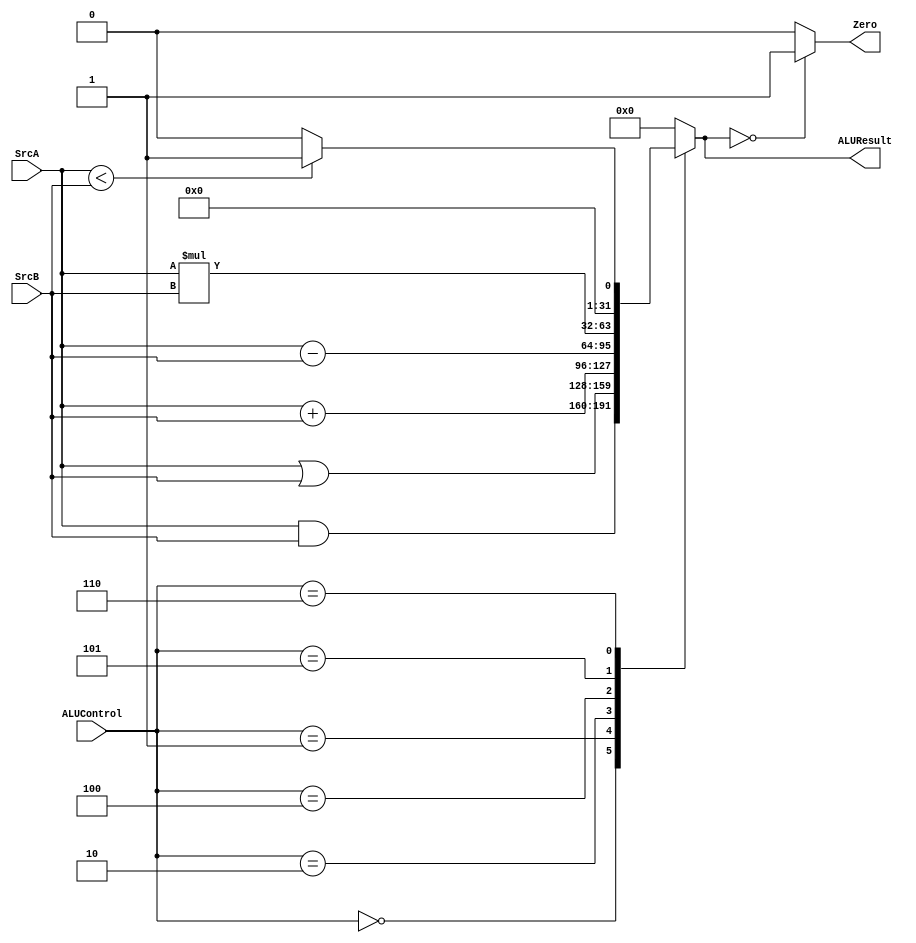
module MIPS_ALU (
    input wire [31:0] SrcA,
    input wire [31:0] SrcB,
    input wire [2:0] ALUControl,
    output reg [31:0] ALUResult,
    output wire Zero 
);
    always @(*) begin
        case (ALUControl)
            'b000:begin
                ALUResult = SrcA & SrcB;
            end 
            'b001:begin
                ALUResult = SrcA | SrcB;
            end
            'b010:begin
                ALUResult = SrcA + SrcB;
            end
            'b100:begin
                ALUResult = SrcA - SrcB;
            end
            'b101:begin
                ALUResult = SrcA * SrcB;
            end
            'b110:begin
                if (SrcA < SrcB) begin
                    ALUResult = 'b1;
                end
                else begin
                    ALUResult = 'b0;
                end
            end
            default: ALUResult = 'b0;
        endcase
    end

    assign Zero = (ALUResult == 'b0) ? 'b1 : 'b0;

endmodule